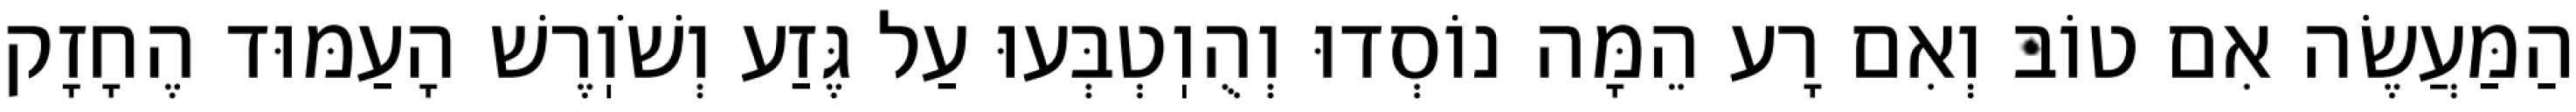
הַמַּעֲשֶׂה אִם טוֹב וְאִם רָע הֵמָּה נוֹסְדוּ וְהֻוֽטְבְּעוּ עַל גֶּזַע וְשֹׁוֽרֶשׁ הָעַמּוּד הֶחָזָק